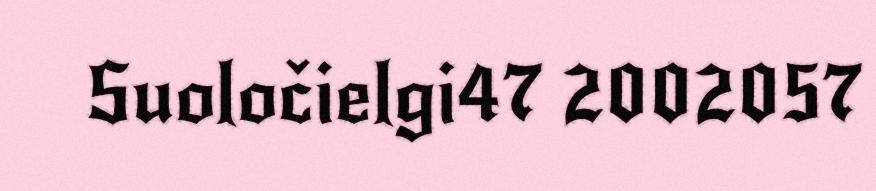
Suoločielgi47 2002057